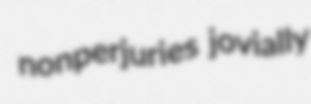
nonperjuries jovially